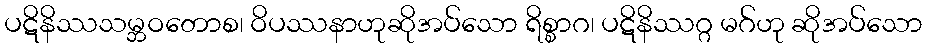
ပဋိနိဿသမ္ဘဝတောစ၊ ဝိပဿနာဟုဆိုအပ်သော ရိစ္စာဂ၊ ပဋိနိဿဂ္ဂ မဂ်ဟု ဆိုအပ်သော